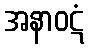
အနာဝဋံ